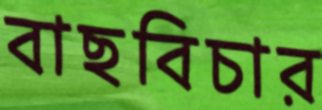
বাছবিচার